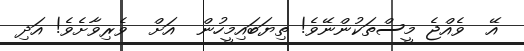
އޭ  ވެއްޖެ މީސްތަކުންނޭވެ! ތިޔަބައިމީހުން  އަށް  ވެރިވާށެވެ! އަދި